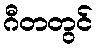
ဂီတတွင်